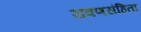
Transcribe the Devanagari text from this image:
रावणसंहिता